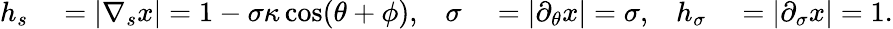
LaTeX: \begin{array}{rlrlrl}{h_{s}}&{{}=|\nabla_{s}x|=1-\sigma\kappa\cos(\theta+\phi),}&{\sigma}&{{}=|\partial_{\theta}x|=\sigma,}&{h_{\sigma}}&{{}=|\partial_{\sigma}x|=1.}\end{array}